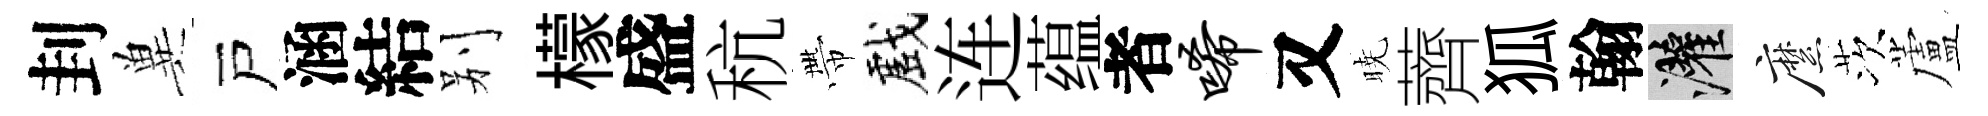
刲兾戸涵結别檬盛秔帶戲连蕴者唏又暁薺狐翰灌縻茨蘆